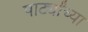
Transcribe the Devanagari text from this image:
पार्ट्यांच्या